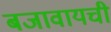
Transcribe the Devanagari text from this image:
बजावायची